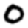
Digit: 0